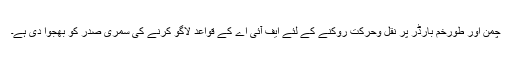
چمن اور طورخم بارڈر پر نقل وحرکت روکنے کے لئے ایف آئی اے کے قواعد لاگو کرنے کی سمری صدر کو بھجوا دی ہے۔